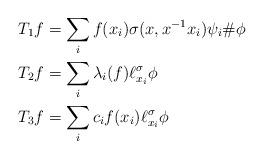
LaTeX: \begin{align*} T_1 f &= \sum_i f(x_i) \sigma(x,x^{-1}x_i)\psi_i\#\phi \\ T_2 f &= \sum_i \lambda_i(f) \ell_{x_i}^\sigma \phi \\ T_3 f &= \sum_i c_i f(x_i) \ell_{x_i}^\sigma \phi\end{align*}